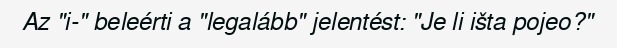
Az "i-" beleérti a "legalább" jelentést: "Je li išta pojeo?"